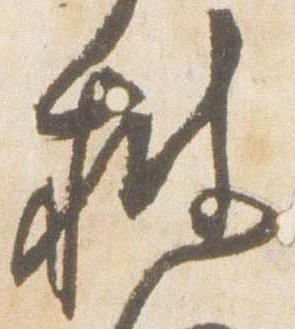
披